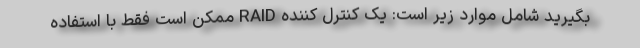
بگیرید شامل موارد زیر است: یک کنترل کننده RAID ممکن است فقط با استفاده